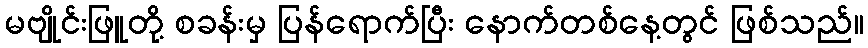
မဗျိုင်းဖြူတို့ စခန်းမှ ပြန်ရောက်ပြီး နောက်တစ်နေ့တွင် ဖြစ်သည်။